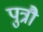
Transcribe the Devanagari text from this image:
पुत्रौ